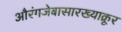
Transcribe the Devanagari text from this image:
औरंगजेबासारख्याक्रूर